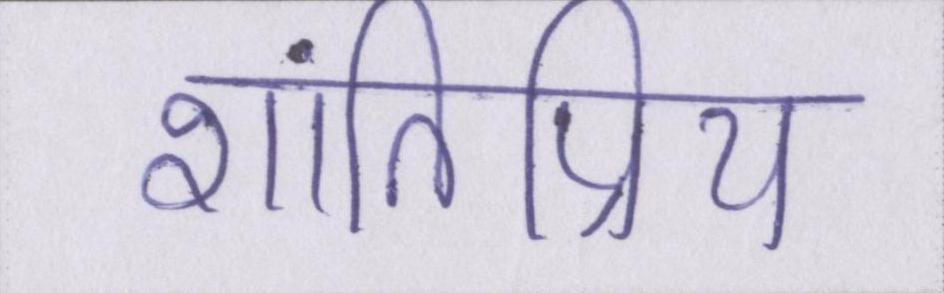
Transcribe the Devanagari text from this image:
शांतिप्रिय